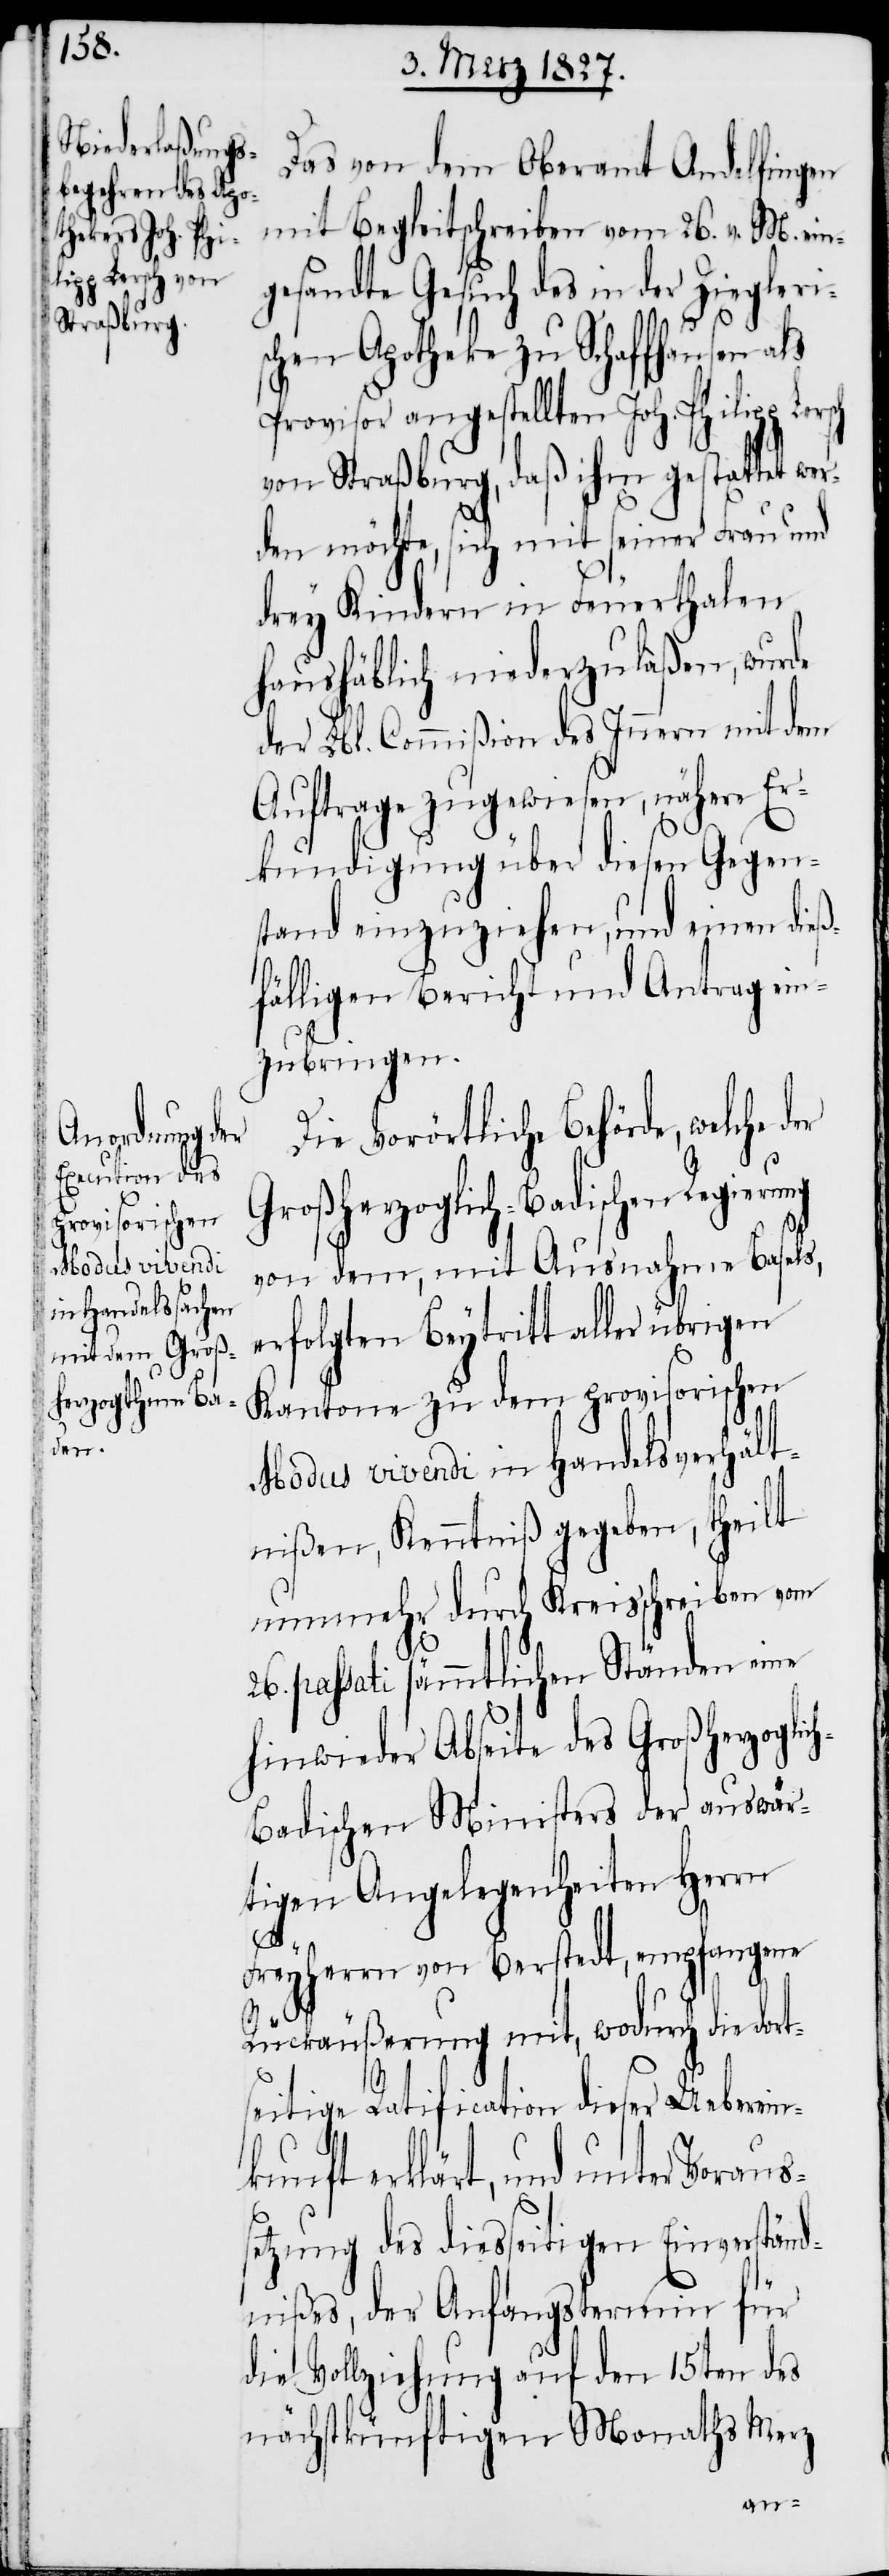
Das von dem Oberamt Andelfingen
mit Begleitschreiben vom 26. v. M. ein¬
gesandte Gesuch des in der Ziegleri¬
schen Apotheke zu Schaffhausen
Provisor angestellten Joh. Philipp
von Straßburg, daß ihm gestattet
den möchte, sich mit seiner Frau und
drey Kindern in Feuerthalen
haushäblich niederzulaßen, wurde
der Lbl. Commißion des Innern mit dem
Auftrage zugewiesen, nähere Er¬
kundigung über diesen Gegen¬
stand einzuziehen, und einen die¬
ßfälligen Bericht und Antrag ein¬
zubringen.
Die Vorörtliche Behörde, welche
Großherzoglich-Badischen Regieru¬
provisorischen
von dem, mit Ausnahme Basels,
erfolgten Beytritt aller übrigen
Modus vivendi in Handelsverhält¬
nißen, Kenntniß gegeben, theilt
nunmehr durch Kreisschreiben vom
passati sämmtlichen Ständen eine
hinwieder Abseite des Großherzoglic¬
h-Badischen Ministers der auswär¬
tigen Angelegenheiten Herrn
rt¬
Freyherrn von Berstedt, empfangene
Rückäußerung mit, wodurch die do¬
seitige Ratification dieser Ueberein¬
ng
kunft erklärt, und unter Vorauss¬
etzung des diesseitigen Einverständ¬
nißes, der Anfangstermin für
die Vollziehung auf den 15ten des
nächstkünftigen Monaths Merz
wer¬